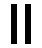
။